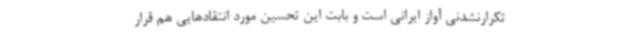
تکرارنشدنی آواز ایرانی است و بابت این تحسین مورد انتقاد‌هایی هم قرار